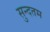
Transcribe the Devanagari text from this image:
सुन्दतम